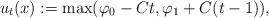
LaTeX: \begin{align*} u_t(x):=\max(\varphi_0-Ct, \varphi_1+C(t-1)), \end{align*}